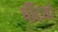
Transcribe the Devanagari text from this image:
चींटयों